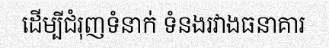
ដើម្បីជំរុញទំនាក់ ទំនងរវាងធនាគារ